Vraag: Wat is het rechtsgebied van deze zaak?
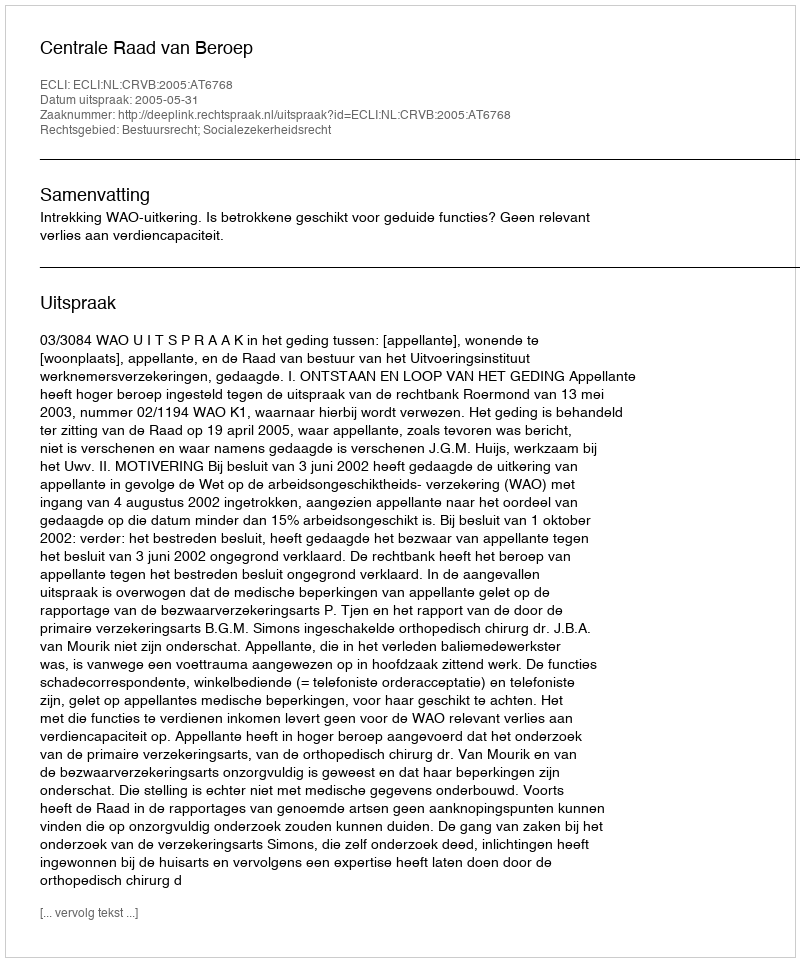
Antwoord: Bestuursrecht; Socialezekerheidsrecht